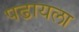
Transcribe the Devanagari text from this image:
पढायला